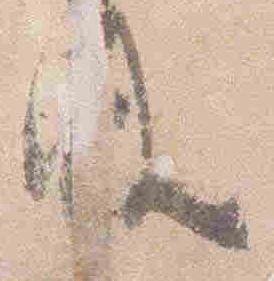
及